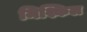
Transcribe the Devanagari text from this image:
मिश्किल